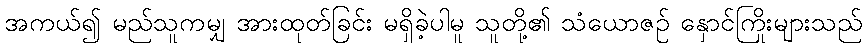
အကယ်၍ မည်သူကမျှ အားထုတ်ခြင်း မရှိခဲ့ပါမူ သူတို့၏ သံယောဇဉ် နှောင်ကြိုးများသည်